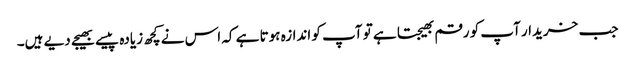
جب خریدار آپ کو رقم بھیجتا ہے تو آپ کو اندازہ ہوتا ہے کہ اس نے کچھ زیادہ پیسے بھیجے دیے ہیں۔